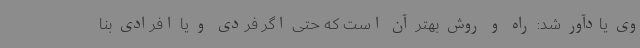
وی یادآور شد: راه و روش بهتر آن است که حتی اگر فردی و یا افرادی بنا